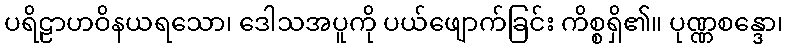
ပရိဠာဟဝိနယရသော၊ ဒေါသအပူကို ပယ်ဖျောက်ခြင်း ကိစ္စရှိ၏။ ပုဏ္ဏစန္ဒော၊